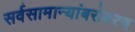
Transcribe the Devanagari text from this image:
सर्वसामान्यांबरोबरच